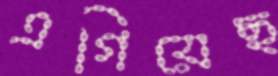
এগিয়েছ